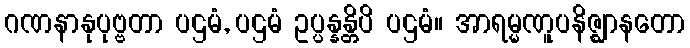
ဂဏနာနုပုဗ္ဗတာ ပဌမံ, ပဌမံ ဥပ္ပန္နန္တိပိ ပဌမံ။ အာရမ္မဏူပနိဇ္ဈာနတော